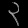
Digit: ၃